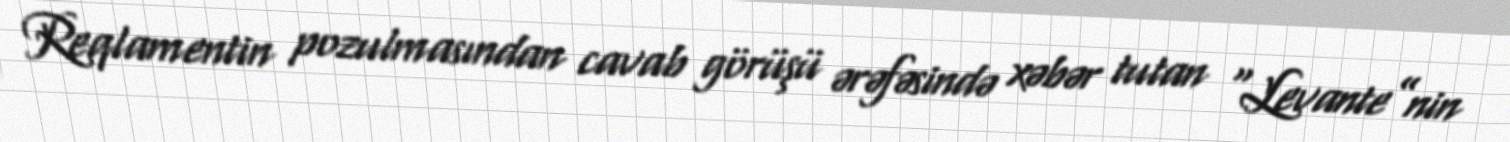
Reqlamentin pozulmasından cavab görüşü ərəfəsində xəbər tutan “Levante”nin